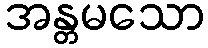
အန္တမသော